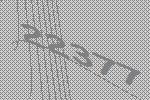
22377